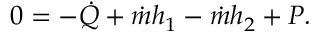
0 = - { \dot { Q } } + { \dot { m } } h _ { 1 } - { \dot { m } } h _ { 2 } + P .